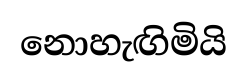
නොහැඟිමියි